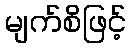
မျက်စိဖြင့်